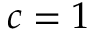
c = 1